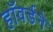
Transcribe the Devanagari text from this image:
हॉवर्डने